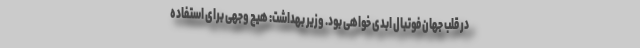
در قلب جهان فوتبال ابدی خواهی بود. وزیر بهداشت: هیچ وجهی برای استفاده